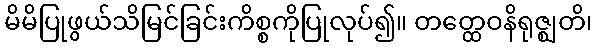
မိမိပြုဖွယ်သိမြင်ခြင်းကိစ္စကိုပြုလုပ်၍။ တတ္ထေဝနိရုဇ္ဈတိ၊